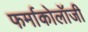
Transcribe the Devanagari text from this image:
फर्माकोलॉजी